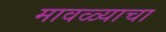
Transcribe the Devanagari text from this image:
मावळ्याचा